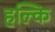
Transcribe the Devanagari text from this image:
हल्कि